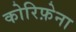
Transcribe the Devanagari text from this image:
कोरिफ़ेना